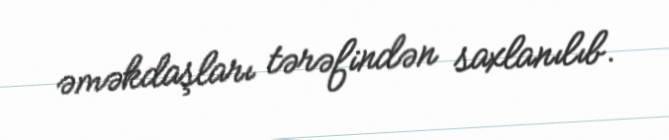
əməkdaşları tərəfindən saxlanılıb.